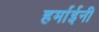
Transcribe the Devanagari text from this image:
हर्माईनी